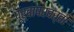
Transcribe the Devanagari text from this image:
पूर्वापरवर्ती